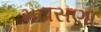
મઢાસણા